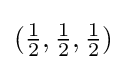
({\tfrac {1}{2}},{\tfrac {1}{2}},{\tfrac {1}{2}})